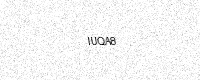
Text: IUQA8